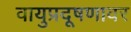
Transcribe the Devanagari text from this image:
वायुप्रदूषणावर